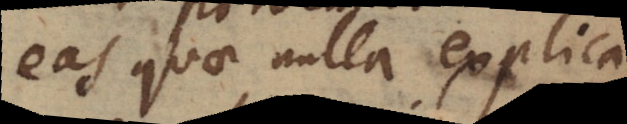
eas quae nulla explica